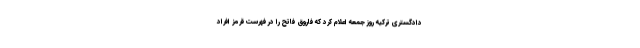
دادگستری ترکیه روز جمعه اعلام کرد که فاروق فاتح را در فهرست قرمز افراد